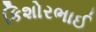
કિશોરભાઈ